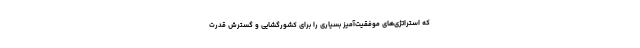
که استراتژی‌های موفقیت‌آمیز بسیاری را برای کشورگشایی و گسترش قدرت